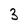
Character: 3